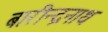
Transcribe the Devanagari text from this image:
बारीन्द्रनाथ